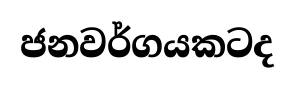
ජනවර්ගයකටද